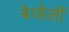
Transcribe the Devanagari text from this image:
बेव्हेर्ली